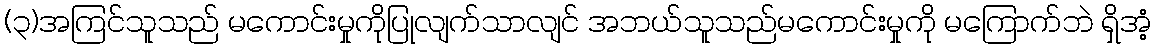
(၃)အကြင်သူသည် မကောင်းမှုကိုပြုလျက်သာလျင် အဘယ်သူသည်မကောင်းမှုကို မကြောက်ဘဲ ရှိအံ့